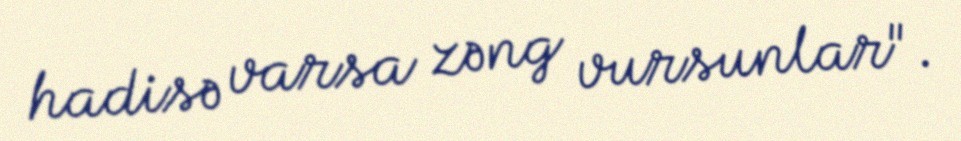
hadisə varsa zəng vursunlar".